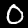
Label: 0